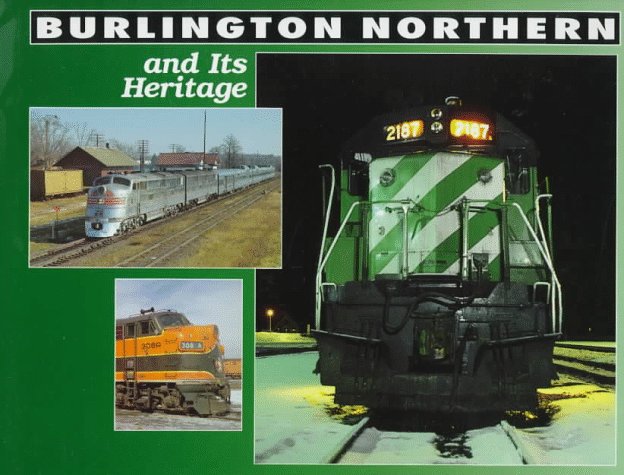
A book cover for Burlington Northern and Its Heritage; Steve Glischinski; Travel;